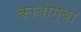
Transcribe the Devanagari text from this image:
काबोम्बा